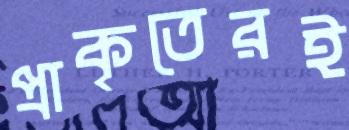
প্রাকৃতেরই